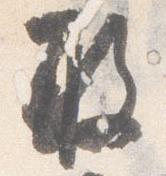
敢